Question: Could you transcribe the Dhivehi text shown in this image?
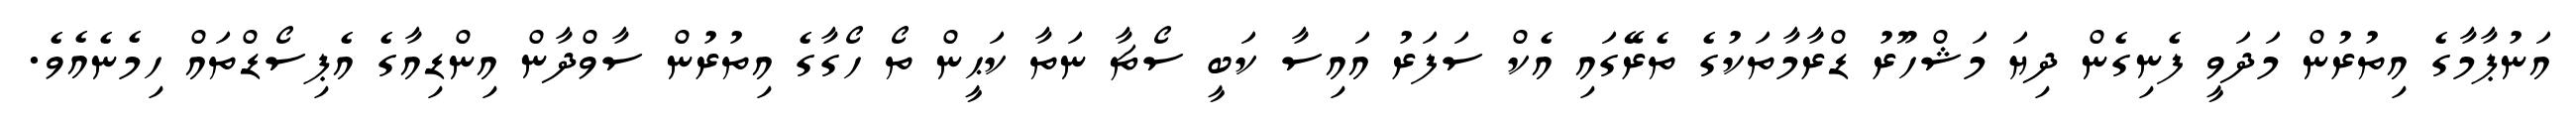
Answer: އަނުޕާމާގެ އިތުރުން މަދަވީ ފެނިގެން ދިޔަ މަޝްހޫރު ޑްރާމާތަކުގެ ތެރޭގައި އެކް ސަފަރު އައިސާ ކަބީ ސޯޗާ ނަތާ ކަޙީން ތޯ ހޯގާގެ އިތުރުން ސާވްދާން އިންޑިއާގެ އެޕިސޯޑްތައް ހިމެނެއެވެ.